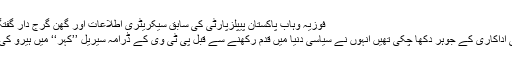
فوزیہ وہاب پاکستان پیپلزپارٹی کی سابق سیکریٹری اطلاعات اور گھن گرج دار گفتگو کے لیے مشہور رہنما
مرحومہ فوزیہ وہاب بھی اداکاری کے جوہر دکھا چکی تھیں انہوں نے سیاسی دنیا میں قدم رکھنے سے قبل پی ٹی وی کے ڈرامہ سیریل ’’کْہر‘‘ میں ہیرو کی کزن کا کردار اداکیا تھا۔